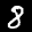
Label: 8